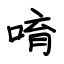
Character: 唷